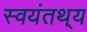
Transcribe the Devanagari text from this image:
स्वयंतथ्‌य